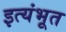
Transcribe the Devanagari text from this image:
इत्यंभूत